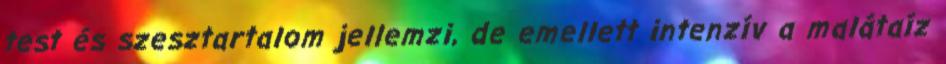
test és szesztartalom jellemzi, de emellett intenzív a malátaíz